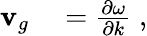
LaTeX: \begin{array}{rl}{{\mathbf{v}}_{g}}&{{}=\frac{\partial\omega}{\partial k}\; ,}\end{array}